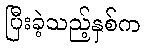
ပြီးခဲ့သည့်နှစ်က